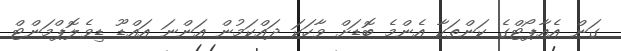
ގަން އެއާޕޯޓްގެ ކަންތަކާ އެންމެ ބޮޑަށް ވާހަކަ ދައްކަމުން އަންނަ އައްޑޫ ޑިވެލޮޕްމަންޓް